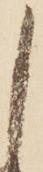
し